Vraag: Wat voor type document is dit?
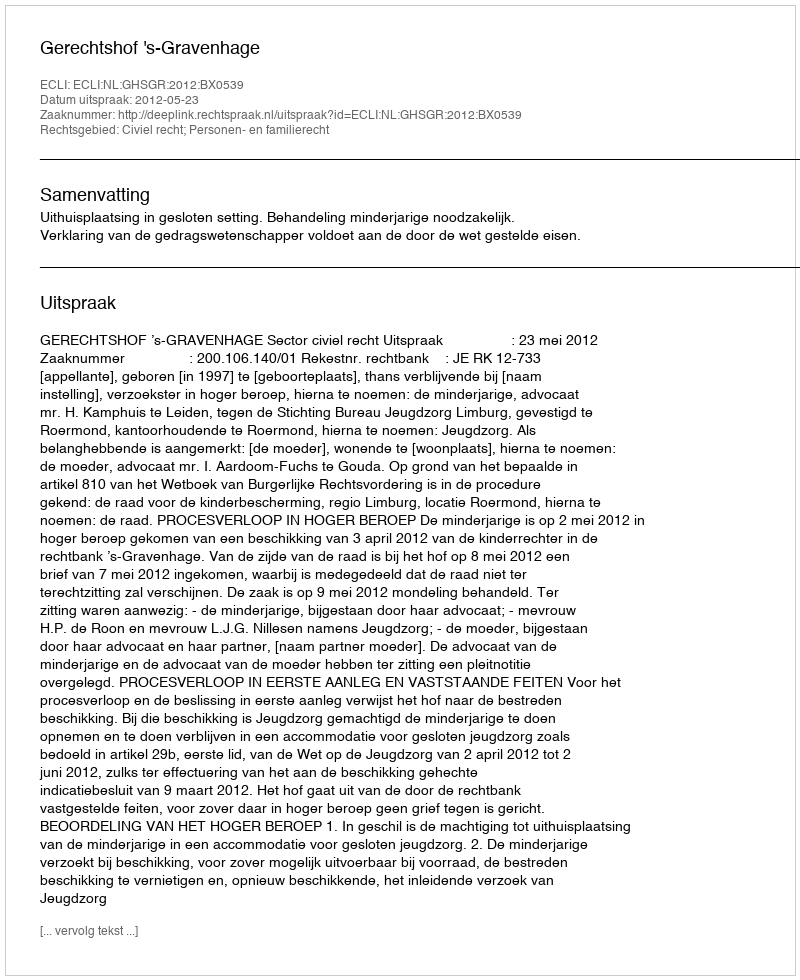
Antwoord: Uitspraak